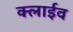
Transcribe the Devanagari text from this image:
क्लाईव